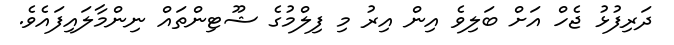
ދަރިފުޅު ޖެހް އަށް ބަލިވެ އިން އިރު މި ފިލްމުގެ ޝޫޓިންތައް ނިންމާލައިފައެވެ.